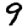
Digit: 9